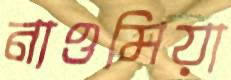
নাওমিয়া